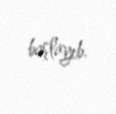
başlayıb.